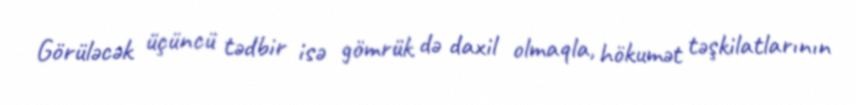
Görüləcək üçüncü tədbir isə gömrük də daxil olmaqla, hökumət təşkilatlarının